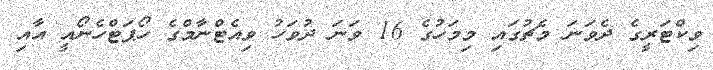
ވިކްޓަރީގެ ދެވަނަ މެޗުގައި މިމަހުގެ 16 ވަނަ ދުވަހު ވިއެޓްނާމްގެ ހޯޕަޓްހެނޯއީ އާއި